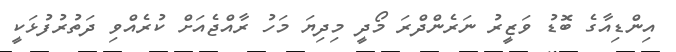
އިންޑިއާގެ ބޮޑު ވަޒީރު ނަރެންދްރަ މޯދީ މިދިޔަ މަހު ރާއްޖެއަށް ކުރެއްވި ދަތުރުފުޅަކީ